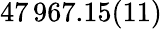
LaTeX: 47\, 967.15(11)